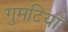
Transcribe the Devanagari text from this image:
गुमटियाँ